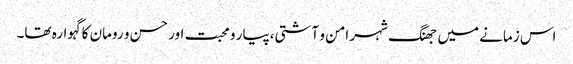
اس زمانے میں جھنگ شہر امن و آشتی،پیار و محبت اور حسن و رومان کا گہوارہ تھا۔